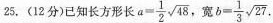
25. (12分)已知长方形长$$a= \frac{1}{2}\sqrt{48}$$ ，宽 $$b= \frac{1}{3}\sqrt{27}$$.